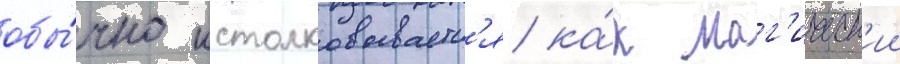
обы́чно истолковываетс'я ка́к маг'ическ'ии